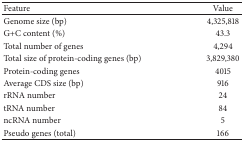
| Feature | Value |
 | --- | --- |
 | Genome size (bp) | 4,325,818 |
 | G+C content (%) | 43.3 |
 | Total number of genes | 4,294 |
 | Total size of protein-coding genes (bp) | 3,829,380 |
 | Protein-coding genes | 4015 |
 | Average CDS size (bp) | 916 |
 | rRNA number | 24 |
 | tRNA number | 84 |
 | ncRNA number | 5 |
 | Pseudo genes (total) | 166 |